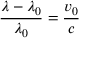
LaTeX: { \frac { \lambda - \lambda _ { 0 } } { \lambda _ { 0 } } } = { \frac { v _ { 0 } } { c } }